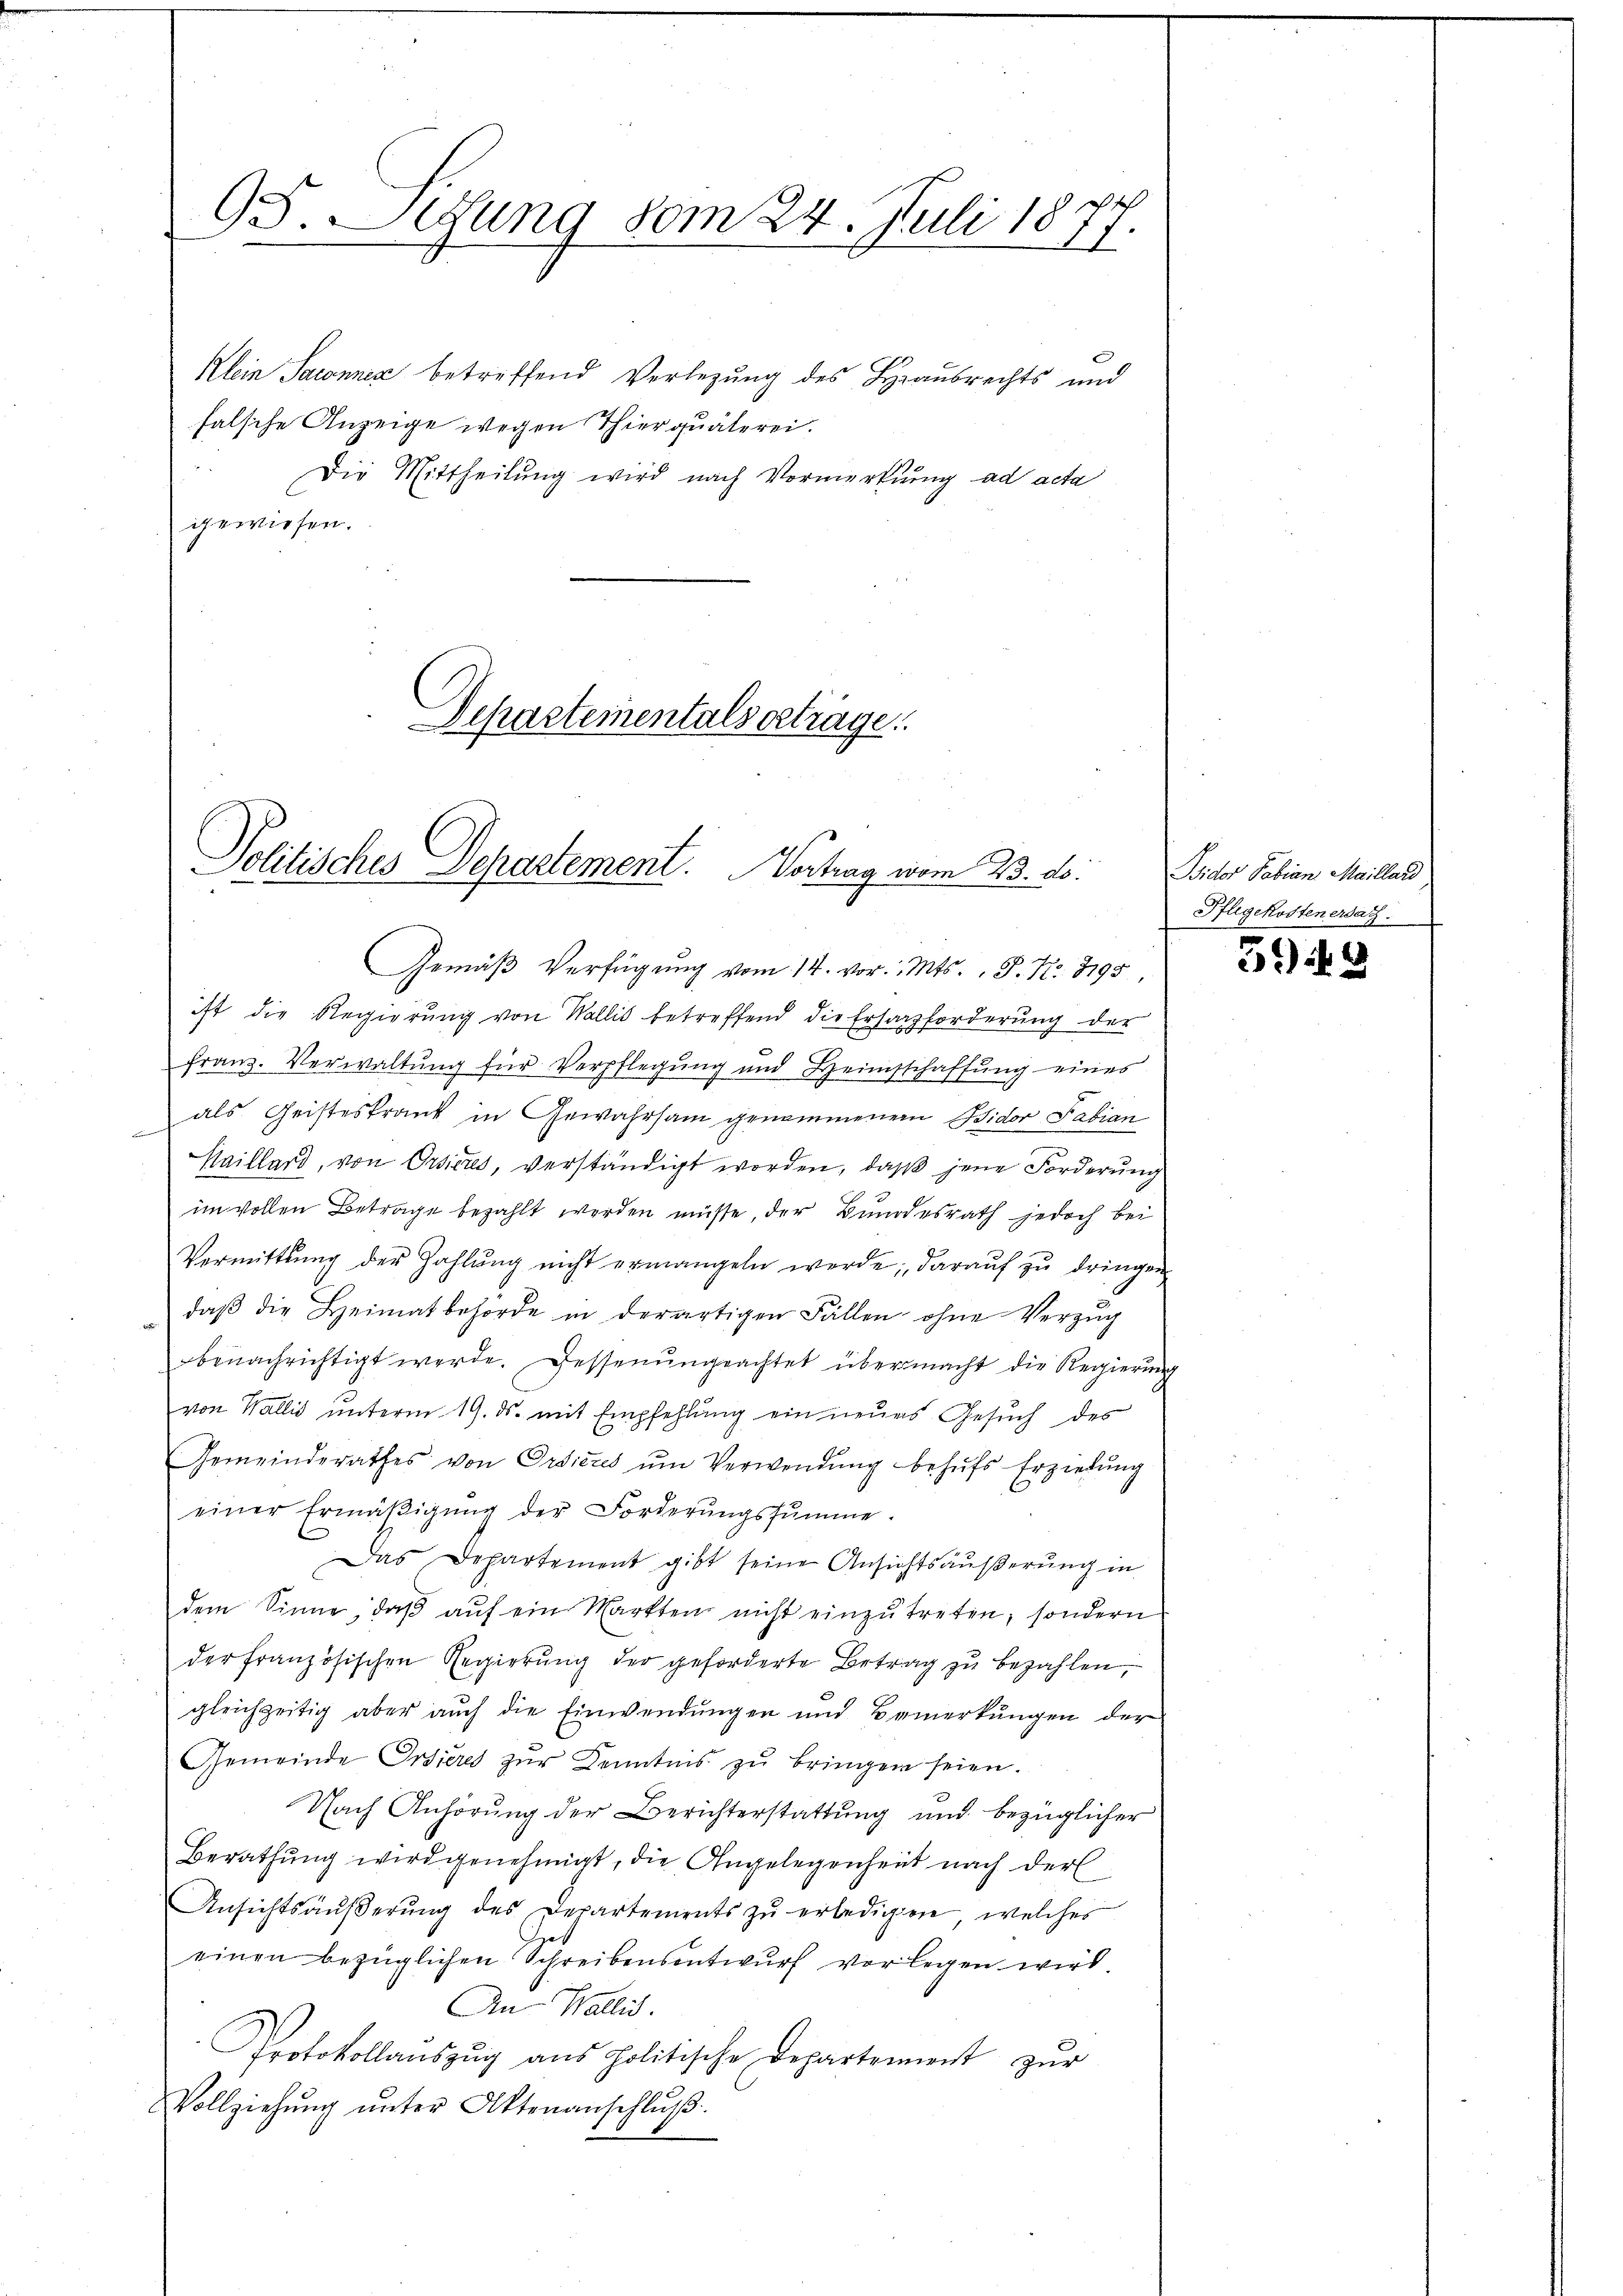
95. Sitzung vom 24. Juli 1877.

Klein Sacnnez betreffend Verlegung des Hausrechts und
falsche Anzeige wegen Thier quäterei.
Die Mittheilung wird nach Vormerkung ad acta
gewiesen.

Departementalserträge.
Politisches Departement. Vortrag vom 23. ds.

Gemäß Verfügung vom 14. vor. Mts., P. Nr. 8195,
ist die Regierung von Wallis betreffend die Ersatzforderung der
franz. Verwaltung für Verpflegung und Heimsschaffung eines
als Geisteskrank in Gewahrsam genommenem Wider Fabian
Haillard, von Orsieres, verständigt worden, daß jene Forderung
im vollen Betrage bezahlt werden müsse, der Bundesrath jedoch bei
Vermittlung der Zahlŭng nicht ermangeln werde; darauf zu dringen
daβ die Heimat behörde in derartigen Fällen ohne Verzŭg
benachrichtigt werde. Dessenŭngeachtet übermacht die Regierŭng
von Wallis unterm 19. ds. mit Empfehlung ein neues Gesuch des
Gemeinderathes von Ordictes ŭm Verwendŭng behŭfs Erzielŭng
einer Ermäßigung der Forderungssumme.
Das Departement gibt seine Ansichtsäŭβerŭng in
dem Sinne, daβ aŭf ein Markten nicht einzutreten, sondern
der französischen Regierŭng der geforderte Betrag zŭ bezahlen,
gleichzeitig aber auch die Einwendungen und Bemerkungen der
Gemeinde Ordieres zŭr Kenntnis zŭ bringen seien.
Nach Anhörung der Berichterstattung und bezüglicher
Berathung wird genehmigt, die Angelegenheit nach der
Ansichtsäŭβerŭng des Departements zŭ erledigen, welches
einen bezüglichen Schreibensentwŭrf vorlegen wird
An Wallis.
Protokollaŭszŭg ans Politische Departement zŭr
Vollziehŭng ŭnter Aktenanschlŭβ:

Bidor Pabian Maillard
Pflegekosten ersag

5949